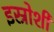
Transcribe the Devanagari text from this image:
इस्रोशी